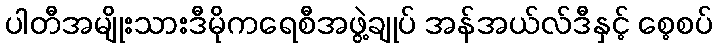
ပါတီအမျိုးသားဒီမိုကရေစီအဖွဲ့ချုပ် အန်အယ်လ်ဒီနှင့် စေ့စပ်